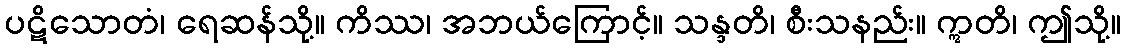
ပဋိသောတံ၊ ရေဆန်သို့။ ကိဿ၊ အဘယ်ကြောင့်။ သန္ဒတိ၊ စီးသနည်း။ ဣတိ၊ ဤသို့။